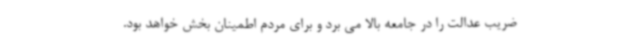
ضریب عدالت را در جامعه بالا می برد و برای مردم اطمینان بخش خواهد بود.